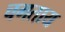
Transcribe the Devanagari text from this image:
चगताय